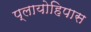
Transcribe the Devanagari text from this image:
प्लायोहिपास